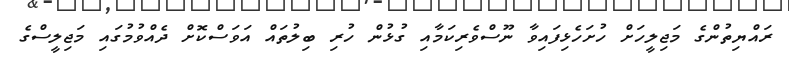
ރައްޔިތުންގެ މަޖިލީހަށް ހުށަހެޅިފައިވާ ނޫސްވެރިކަމާއި ގުޅުން ހުރި ބިލުތައް އަވަސްކޮށް ދެއްވުމުގައި މަޖިލީސްގެ